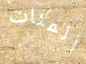
المئات